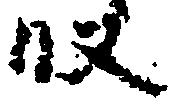
段